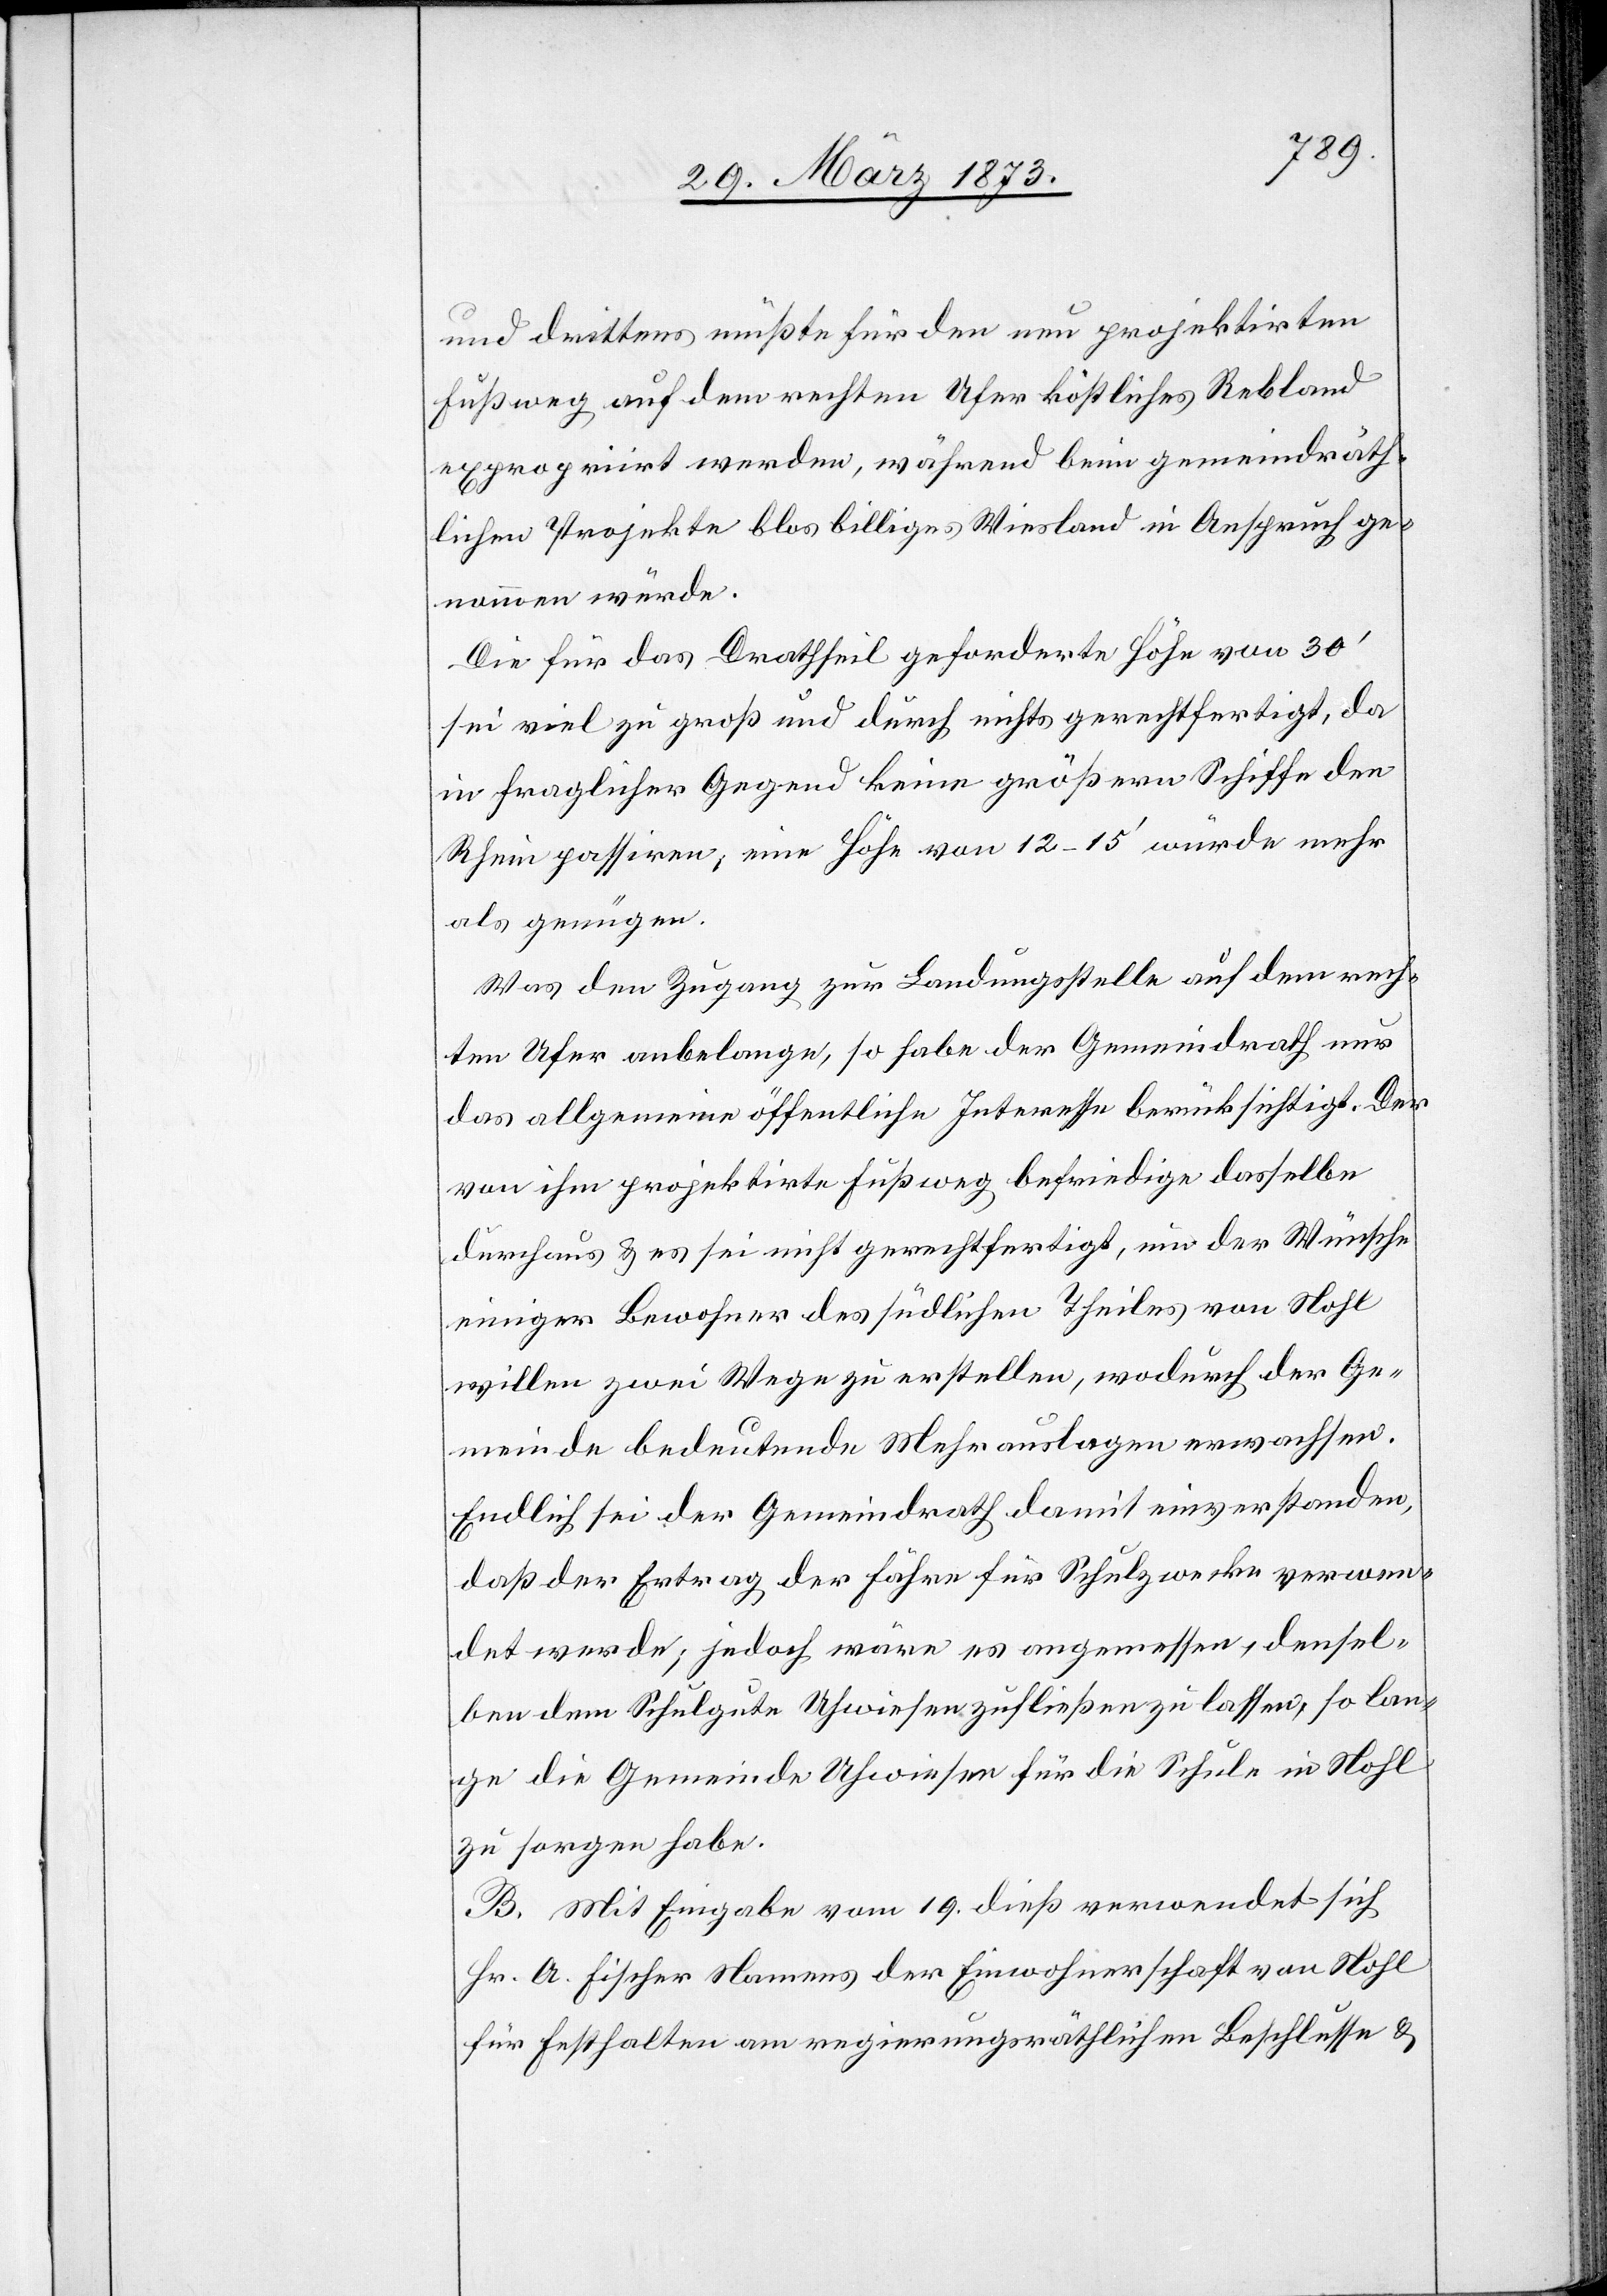
und drittens müßte für den neu projektirten
expropriirt werden, während beim gemeindräth¬
lichen Projekte blos billiges Wiesland in Anspruch ge¬
nommen würde.
Die für das Drathseil geforderte Höhe von 30’
sei viel zu groß und durch nichts gerechtfertigt, da
in fraglicher Gegend keine größern Schiffe den
Rhein passiren, eine Höhe von 12–15’ würde mehr
als genügen.
Was den Zugang zur Landungsstelle auf dem rech¬
ten Ufer anbelange, so habe der Gemeindrath nur
das allgemeine öffentliche Interesse berücksichtigt. Der
von ihm projektirte Fußweg befriedige dasselbe
durchaus u. es sei nicht gerechtfertigt, um der Wünsche
einiger Bewohner des südlichen Theiles von Nohl
willen zwei Wege zu erstellen, wodurch der Ge¬
meinde bedeutende Mehrauslagen erwachsen.
Endlich sei der Gemeindrath damit einverstanden,
daß der Ertrag der Fähre für Schulzwecke verwen¬
det werde; jedoch wäre es angemessen, densel¬
ben dem Schulgute Uhwiesen zufließen zu lassen, so lan¬
ge die Gemeinde Uhwiesen für die Schule in Nohl
zu sorgen habe.
B. Mit Eingabe vom 19. dieß verwendet sich
Hr. A. Fischer Namens der Einwohnerschaft von Nohl
für Festhalten am regierungsräthlichen Beschlusse u.